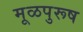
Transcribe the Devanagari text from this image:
मूळपुरूष